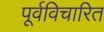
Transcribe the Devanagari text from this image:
पूर्वविचारित